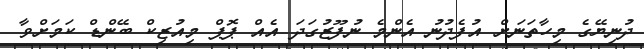
ދުނިޔޭގެ މިހާތަނަށް އުފެދުނު އެންމެ ނުފޫޒުގަދަ އެއް ޕޮޕް މިއުޒިކް ބޭންޑް ކަމަށްވާ